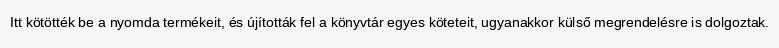
Itt kötötték be a nyomda termékeit, és újították fel a könyvtár egyes köteteit, ugyanakkor külső megrendelésre is dolgoztak.